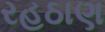
રહઠાણ